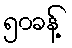
၅၀ခန့်